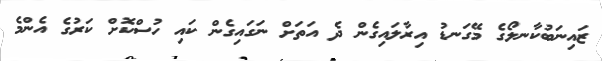
ޒައިނަބުކާނލޯގެ މޭގަނޑު އިރާލައިގެން ދެ އަތަށް ނަގައިގެން ކައި ހުސްކޮށް ކަރުގެ އެންމެ